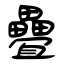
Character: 疊